Vaccination in Burma 1889-1999 - 1889-1999
Year: 1889
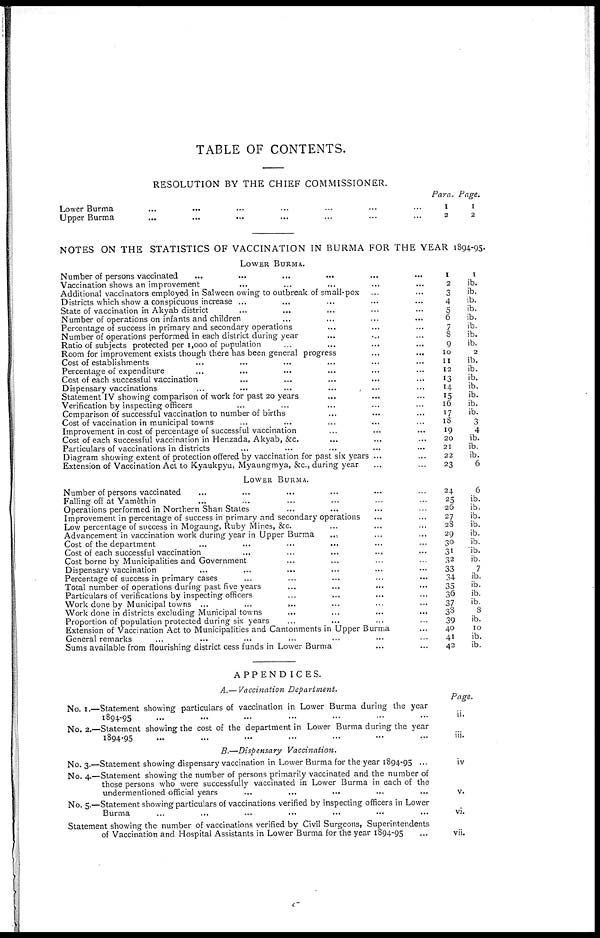
TABLE OF CONTENTS.
RESOLUTION BY THE CHIEF COMMISSIONER.
Lower Burma ... ... ... ... ... ... ...
Upper Burma ... ... ... ... ... ... ...
Para.
1
2
Page.
1
2
NOTES ON THE STATISTICS OF VACCINATION IN BURMA FOR THE YEAR 1894-95.
LOWER BURMA.
Number of person's vaccinated
...
...
...
... ... ...
Vaccination shows an improvement ... ... ... ... ...
Additional vaccinators employed in Salween owing to outbreak of small-pox ... ...
Districts which show a conspicuous increase ... ... ... ... ...
State of vaccination in Akyab district ... ... ... ... ...
Number of operations on infants and children ... ... ... ...
Percentage of success in primary and secondary operations ... ... ... ...
Number of operations performed in each district during year
...
...
...
Ratio of subjects protected per 1,000 of population ... ... ... ... ... ...
Room for improvement exists though there has been general progress ... ...
Cost of establishments ... ... ... ... ... ...
Percentage of expenditure ... ... ... ... ... ...
Cost of each successful vaccination ... ... ... ... ...
Dispensary vaccinations ... ... ... ... ... ...
Statement IV showing comparison of work for past 20 years ... ... ...
Verification by inspecting officers ... ... ... ... ...
Comparison of successful vaccination to number of births ... ... ...
Cost of vaccination in municipal towns ... ... ... ... ...
Improvement in cost of percentage of successful vaccination ... ... ...
Cost of each successful vaccination in Henzada, Akyab, &c. ... ... ...
Particulars of vaccinations in districts ... ... ... ... ...
Diagram showing extent of protection offered by vaccination for past six years ... ...
Extension of Vaccination Act to Kyaukpyu, Myaungmya, &c., during year ... ...
LOWER BURMA.
Number of persons vaccinated ... ... ... ... ... ...
Falling off at Yamèthin ... ... ... ... ... ...
Operations performed in Northern Shan States ... ... ... ...
Improvement in percentage of success in primary and secondary operations ... ...
Low percentage of success in Mogaung, Ruby Mines, &c. ... ... ...
Advancement in vaccination work during year in Upper Burma ... ... ...
Cost of the department ... ... ... ... ... ...
Cost of each successful vaccination ... ... ... ... ...
Cost borne by Municipalities and Government ... ... ... ...
Dispensary vaccination ... ... ... ... ... ...
Percentage of success in primary cases ... ... ... ... ...
Total number of operations during past five years ... ... ... ... ...
Particulars of verifications by inspecting officers ... ... ... ... ...
Work done by Municipal towns ...
...
... ... ... ...
Work done in districts excluding Municipal towns ... ... ... ...
Proportion of population protected during six years ... ... ... ...
Extension of Vaccination Act to Municipalities and Cantonments in Upper Burma ...
General remarks ... ... ... ... ... ... ...
Sums available from flourishing district cess funds in Lower Burma ... ...
1
2
3
4
5
6
7
8
9
10
11
12
13
14
15
16
17
18
19
20
21
22
23
24
25
26
27
28
29
30
31
32
33
34
35
36
37
38
39
40
41
42
1
ib.
ib.
ib.
ib.
ib.
ib.
ib.
ib.
2
ib.
ib.
ib.
ib.
ib.
ib.
ib.
3
4
ib.
ib.
ib.
6
6
ib.
ib.
ib.
ib.
ib.
ib.
ib.
ib.
7
ib.
ib.
ib.
ib.
8
ib.
10
ib.
ib.
APPENDICES.
A.—Vaccination Department.
No. 1.—Statement showing particulars of vaccination in Lower Burma during the year
1894-95 ... ... ... ... ... ... ...
No. 2.—Statement showing the cost of the department in Lower Burma during the year
1894-95 ... ... ... ... ... ... ...
B.—Dispensary Vaccination.
No. 3.—Statement showing dispensary vaccination in Lower Burma for the year 1894-95 ...
No. 4.—Statement showing the number of persons primarily vaccinated and the number of
those persons who were successfully vaccinated in Lower Burma in each of the
undermentioned official years ... ... ... ... ...
No. 5.—Statement showing particulars of vaccinations verified by inspecting officers in Lower
Burma ... ... ... ... ... ...
Statement showing the number of vaccinations verified by Civil Surgeons, Superintendents
of Vaccination and Hospital Assistants in Lower Burma for the year 1894-95 ...
Page.
ii.
iii.
iv
v.
vi.
vii.